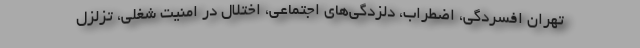
تهران افسردگی، اضطراب، دلزدگی‌های اجتماعی، اختلال در امنیت شغلی، تزلزل